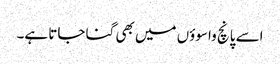
اسے پانچ واسوؤں میں بھی گنا جاتا ہے۔